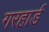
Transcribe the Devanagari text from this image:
गरहार्ड